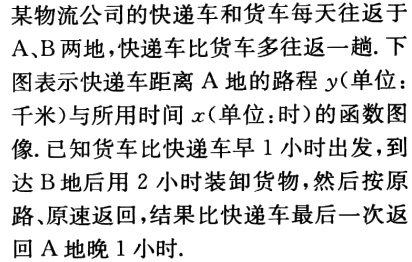
某物流公司的快递车和货车每天往返于A、B两地，快递车比货车多往返一趟. 下图表示快递车距离A地的路程\(y\)(单位：千米)与所用时间\(x\)(单位：时)的函数图像. 已知货车比快递车早1小时出发，到达B地后用2小时装卸货物，然后按原路、原速返回，结果比快递车最后一次返回A地晚1小时.